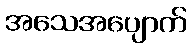
အသေအပျောက်